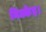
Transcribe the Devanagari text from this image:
निक्केइ।